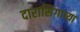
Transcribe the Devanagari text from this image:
दारासिंगाच्या